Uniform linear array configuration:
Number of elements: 48
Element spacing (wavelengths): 0.5
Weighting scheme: kaiser
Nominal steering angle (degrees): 0
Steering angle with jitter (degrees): -0.01119
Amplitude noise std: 0.05
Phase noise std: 0.05

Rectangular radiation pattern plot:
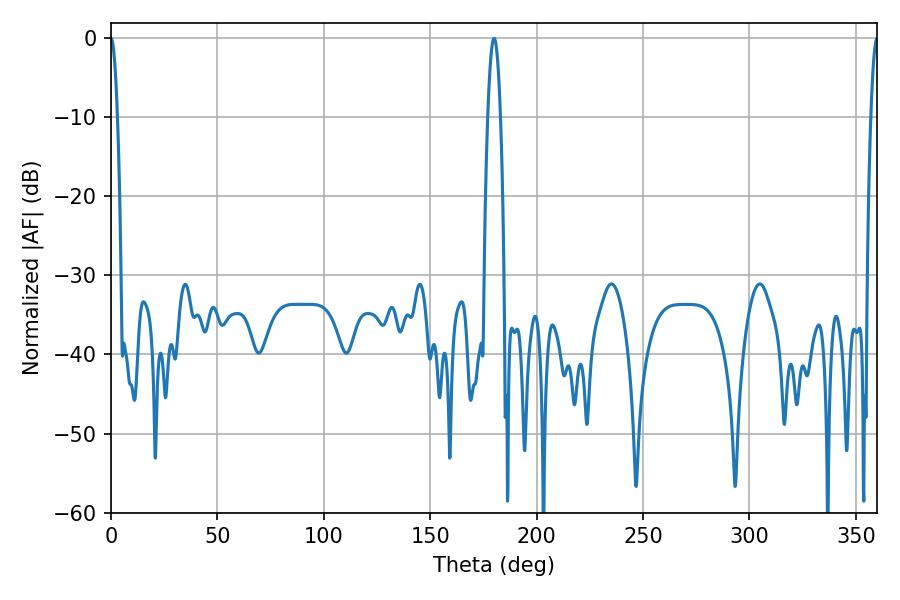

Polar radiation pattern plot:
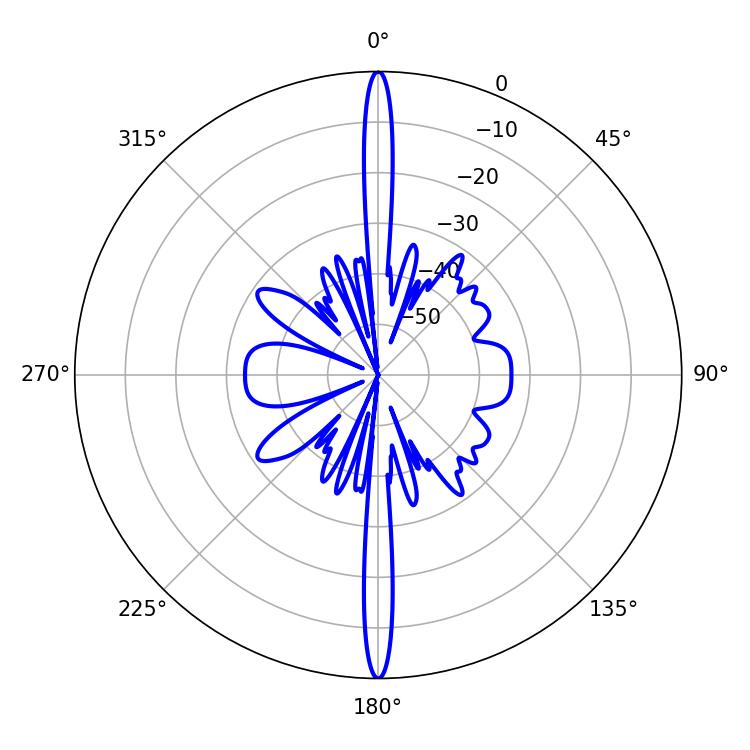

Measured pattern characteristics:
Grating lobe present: FALSE
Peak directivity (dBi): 43.52
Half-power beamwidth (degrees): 1.62
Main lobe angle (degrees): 0